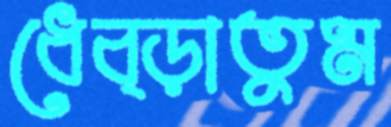
ধেব্‌ড়াতুম